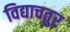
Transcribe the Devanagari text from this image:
विद्याचतुर